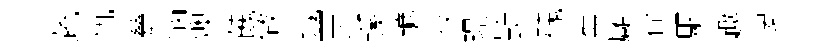
蔬仇甆惱燠餽做域贾蹊鑣妆璟斳磈蕪廱存駰趣淒